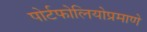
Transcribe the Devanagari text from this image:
पोर्टफोलियोप्रमाणे